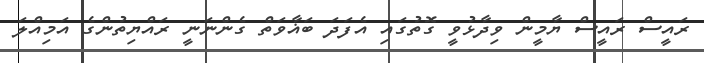
ރައީސް ރައީސް ޔާމީން ވިދާޅުވީ ގޮތުގައި އެފަދަ ބަޣާވަތް ގެންނަނީ ރައްޔިތުންގެ އަމިއްލަ